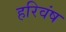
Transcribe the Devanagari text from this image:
हरिवंष